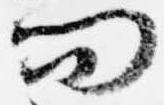
問